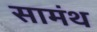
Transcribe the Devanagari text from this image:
सामंथ